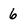
Character: 6